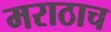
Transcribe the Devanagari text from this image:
मराठाच